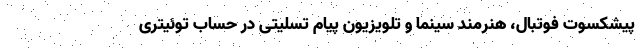
پیشکسوت فوتبال، هنرمند سینما و تلویزیون پیام تسلیتی در حساب توئیتری